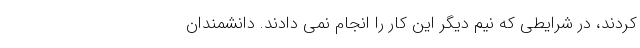
کردند، در شرایطی که نیم دیگر این کار را انجام نمی دادند. دانشمندان